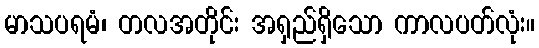
မာသပရမံ၊ တလအတိုင်း အရှည်ရှိသော ကာလပတ်လုံး။